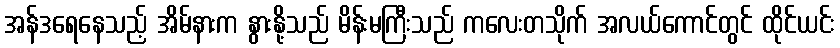
အန်ဒရေနေသည့် အိမ်နားက နွားနို့သည် မိန်းမကြီးသည် ကလေးတသိုက် အလယ်ကောင်တွင် ထိုင်ယင်း